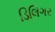
ડિલિગર